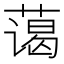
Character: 蔼